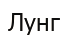
Лунг